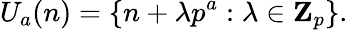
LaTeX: U_{a}(n)=\left\{ n+\lambda p^{a}:\lambda\in\mathbf{Z}_{p}\right\} .